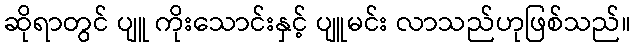
ဆိုရာတွင် ပျူ ကိုးသောင်းနှင့် ပျူမင်း လာသည်ဟုဖြစ်သည်။